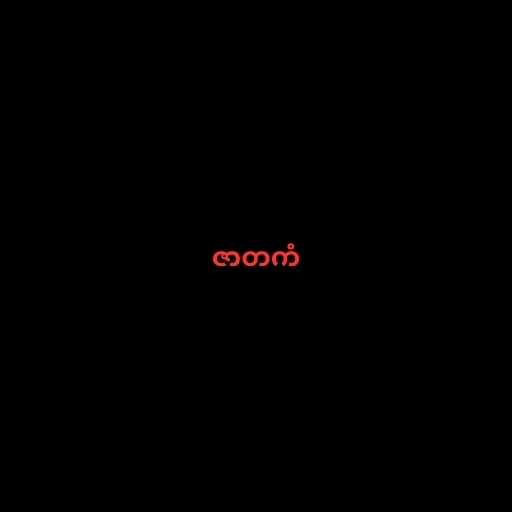
ဇာတကံ